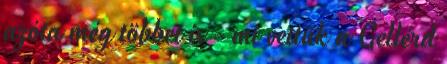
azóta még többet is - mi vettük a Gellérd